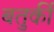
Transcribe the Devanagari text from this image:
बतुर्की